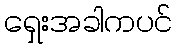
ရှေးအခါကပင်